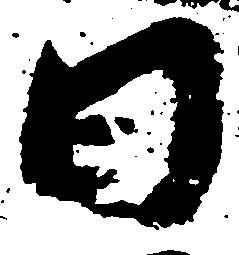
日